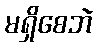
မရှိစေဘဲ